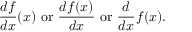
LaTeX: { \frac { d f } { d x } } ( x ) { \mathrm { ~ o r ~ } } { \frac { d f ( x ) } { d x } } { \mathrm { ~ o r ~ } } { \frac { d } { d x } } f ( x ) .